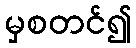
မှစတင်၍